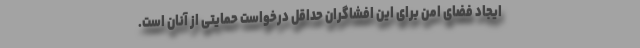
ایجاد فضای امن برای این افشاگران حداقل درخواست حمایتی از آنان است.